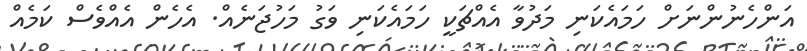
އަންހެނުންނަށް ހަމައެކަނި މަދުވާ އެއްޗަކީ ހަމައެކަނި ވަގު މަހުޖަނެއް. އެހެން އެއްވެސް ކަމެއް